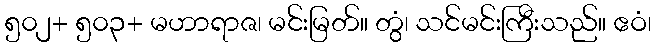
၅၀၂+ ၅၀၃+ မဟာရာဇ၊ မင်းမြတ်။ တွံ၊ သင်မင်းကြီးသည်။ ဧဝံ၊